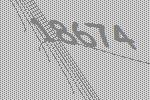
18674